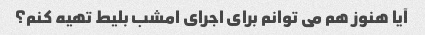
آیا هنوز هم می توانم برای اجرای امشب بلیط تهیه کنم؟